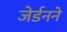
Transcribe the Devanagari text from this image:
जेर्डनने